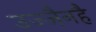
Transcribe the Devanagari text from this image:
उज्जैनहै